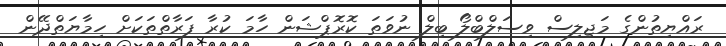
ރައްޔިތުންގެ މަޖިލިސް ވިސަލްބްލޯ ބިލް ނުވަތަ ކޮރޮޕްޝަން ހާމަ ކުރާ ފަރާތްތަކަށް ހިމާޔަތްދޭން